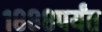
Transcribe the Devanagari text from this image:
१८८८पर्यंत